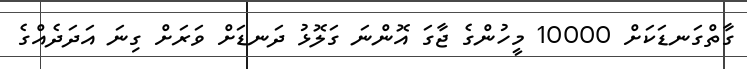
ގާތްގަނޑަކަށް 10000 މީހުންގެ ޖާގަ އޮންނަ ގަލޮޅު ދަނޑަށް ވަރަށް ގިނަ އަދަދެއްގެ